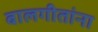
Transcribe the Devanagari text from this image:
बालगीतांना